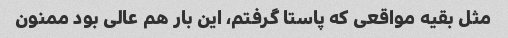
مثل بقیه مواقعی که پاستا گرفتم، این بار هم عالی بود ممنون